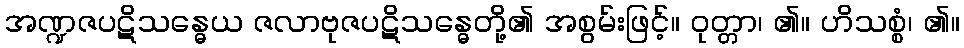
အဏ္ဍဇပဋိသန္ဓေယ ဇလာဗုဇပဋိသန္ဓေတို့၏ အစွမ်းဖြင့်။ ဝုတ္တာ၊ ၏။ ဟိသစ္စံ၊ ၏။